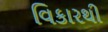
વિકારથી